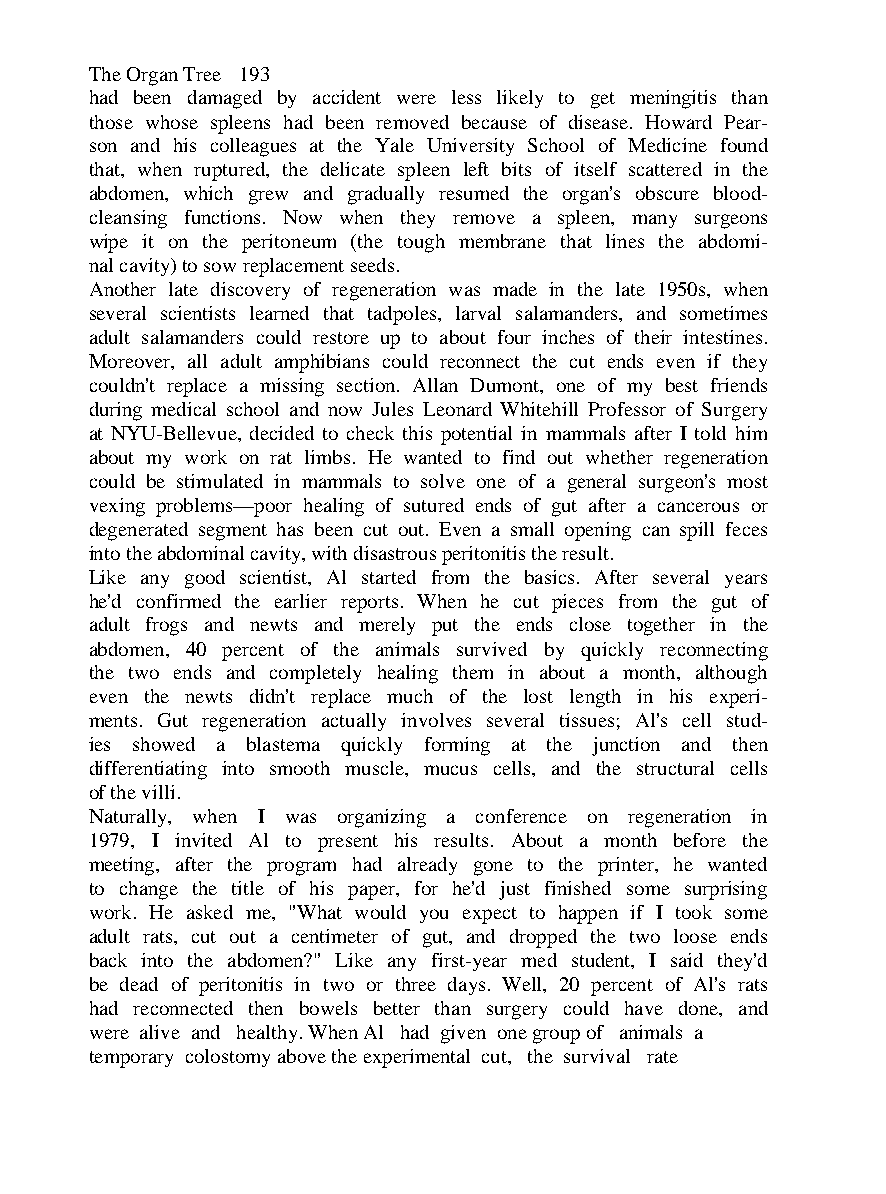
The Organ Tree 193
 had been damaged by accident were less likely to get meningitis than
 those whose spleens had been removed because of disease. Howard Pear-
 son and his colleagues at the Yale University School of Medicine found
 that, when ruptured, the delicate spleen left bits of itself scattered in the
 abdomen, which grew and gradually resumed the organ's obscure blood-
 cleansing functions. Now when they remove a spleen, many surgeons
 wipe it on the peritoneum (the tough membrane that lines the abdomi-
 nal cavity) to sow replacement seeds.
 Another late discovery of regeneration was made in the late 1950s, when
 several scientists learned that tadpoles, larval salamanders, and sometimes
 adult salamanders could restore up to about four inches of their intestines.
 Moreover, all adult amphibians could reconnect the cut ends even if they
 couldn't replace a missing section. Allan Dumont, one of my best friends
 during medical school and now Jules Leonard Whitehill Professor of Surgery
 at NYU-Bellevue, decided to check this potential in mammals after I told him
 about my work on rat limbs. He wanted to find out whether regeneration
 could be stimulated in mammals to solve one of a general surgeon's most
 vexing problems—poor healing of sutured ends of gut after a cancerous or
 degenerated segment has been cut out. Even a small opening can spill feces
 into the abdominal cavity, with disastrous peritonitis the result.
 Like any good scientist, Al started from the basics. After several years
 he'd confirmed the earlier reports. When he cut pieces from the gut of
 adult frogs and newts and merely put the ends close together in the
 abdomen, 40 percent of the animals survived by quickly reconnecting
 the two ends and completely healing them in about a month, although
 even the newts didn't replace much of the lost length in his experi-
 ments. Gut regeneration actually involves several tissues; Al's cell stud-
 ies showed a blastema quickly forming at the junction and then
 differentiating into smooth muscle, mucus cells, and the structural cells
 of the villi.
 Naturally, when I was organizing a conference on regeneration in
 1979, I invited Al to present his results. About a month before the
 meeting, after the program had already gone to the printer, he wanted
 to change the title of his paper, for he'd just finished some surprising
 work. He asked me, "What would you expect to happen if I took some
 adult rats, cut out a centimeter of gut, and dropped the two loose ends
 back into the abdomen?" Like any first-year med student, I said they'd
 be dead of peritonitis in two or three days. Well, 20 percent of Al's rats
 had reconnected then bowels better than surgery could have done, and
 were alive and healthy. When Al had given one group of animals a
 temporary colostomy above the experimental cut, the survival rate